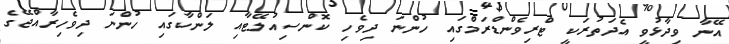
އޭނާ ވިދާޅުވީ އެދަތުރަކީ ޓްރިވެންޑްރަމްގައި ހުންނަ ދިވެހި ކޮންސިއުލޭޓާއި ލަންކާގައި ހުންނަ ދިވެހިރާއްޖޭގެ